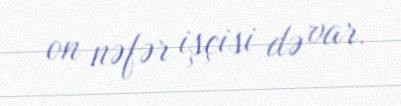
on nəfər işçisi də var.